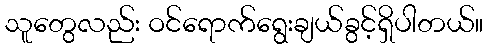
သူတွေလည်း ဝင်ရောက်ရွေးချယ်ခွင့်ရှိပါတယ်။